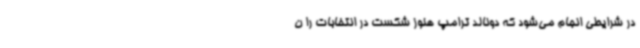
در شرایطی انجام می‌شود که دونالد ترامپ هنوز شکست در انتخابات را ن